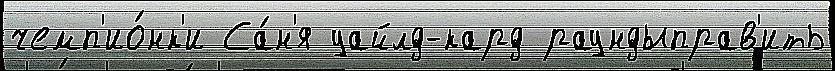
чемп'ио́нк'и Са́н'я уайлд-кард раундыправ'ить